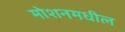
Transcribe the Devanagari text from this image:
मोशनमधील